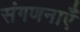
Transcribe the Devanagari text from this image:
संगणनाएँ